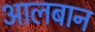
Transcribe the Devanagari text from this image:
आलबान